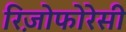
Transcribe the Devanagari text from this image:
रिज़ोफोरेसी